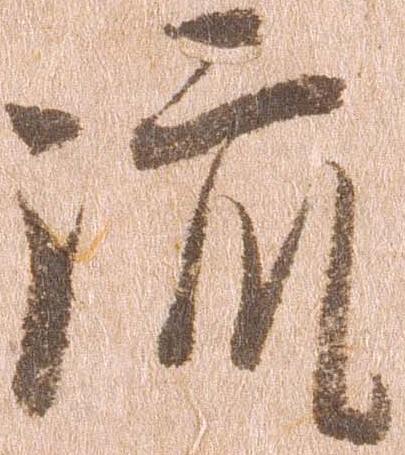
流